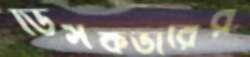
ডিসকভারের